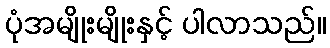
ပုံအမျိုးမျိုးနှင့် ပါလာသည်။